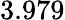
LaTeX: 3.979